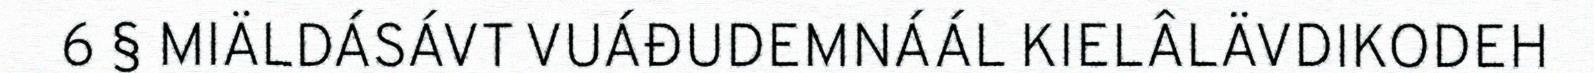
6 § MIÄLDÁSÁVT VUÁĐUDEMNÁÁL KIELÂLÄVDIKODEH